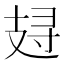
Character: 𰕁